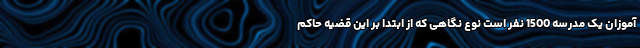
آموزان یک مدرسه 1500 نفر است نوع نگاهی که از ابتدا بر این قضیه حاکم